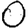
Digit: 0